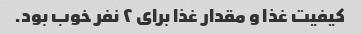
کیفیت غذا و مقدار غذا برای ۲ نفر خوب بود.